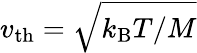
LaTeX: v_{\mathrm{th}}=\sqrt{k_{\mathrm{B}}T/M}